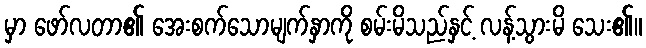
မှာ ဖော်လတာ၏ အေးစက်သောမျက်နှာကို စမ်းမိသည်နှင့် လန့်သွားမိ သေး၏။